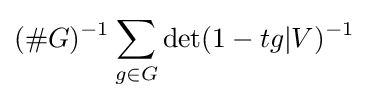
(\#G)^{-1}\sum _{g\in G}\det(1-tg|V)^{-1}